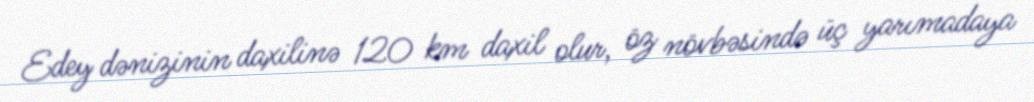
Edey dənizinin daxilinə 120 km daxil olur, öz növbəsində üç yarımadaya